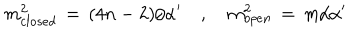
LaTeX: m _ { c l o s e d } ^ { 2 } \, = \, ( 4 n - 2 ) / { \alpha ^ { \prime } } \, \, \, \, \, \, , \, \, \, \, \, \, m _ { o p e n } ^ { 2 } \, = \, m / { \alpha ^ { \prime } }